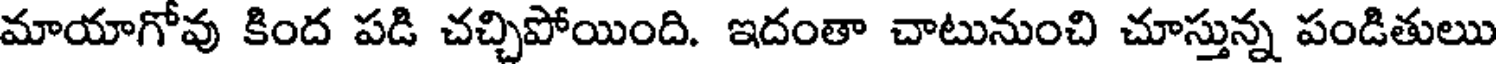
మాయాగోవు కింద పడి చచ్చిపోయింది. ఇదంతా చాటునుంచి చూస్తున్న పండితులు